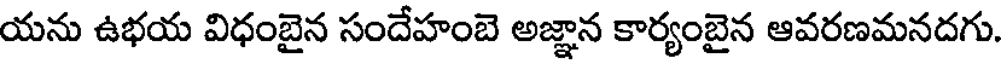
యను ఉభయ విధంబైన సందేహంబె అజ్ఞాన కార్యంబైన ఆవరణమనదగు.